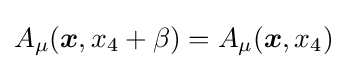
A_{\mu }({\boldsymbol {x}},x_{4}+\beta )=A_{\mu }({\boldsymbol {x}},x_{4})